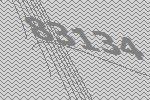
83134